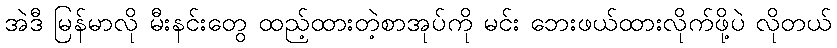
အဲဒီ မြန်မာလို မီးနင်းတွေ ထည့်ထားတဲ့စာအုပ်ကို မင်း ဘေးဖယ်ထားလိုက်ဖို့ပဲ လိုတယ်